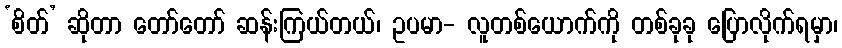
‘စိတ်’ ဆိုတာ တော်တော် ဆန်းကြယ်တယ်၊ ဥပမာ- လူတစ်ယောက်ကို တစ်ခုခု ပြောလိုက်ရမှာ၊